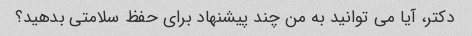
دکتر، آیا می توانید به من چند پیشنهاد برای حفظ سلامتی بدهید؟